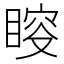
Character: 𥈃